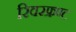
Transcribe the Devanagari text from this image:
रिवरफ्रण्ट